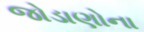
જોડાણોના